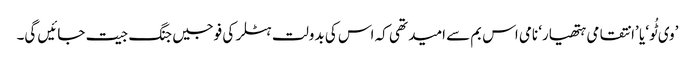
’وی ٹُو‘ یا ’انتقامی ہتھیار‘ نامی اس بم سے امید تھی کہ اس کی بدولت ہٹلر کی فوجیں جنگ جیت جائیں گی۔